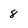
Character: 8